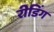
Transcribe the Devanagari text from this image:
रीडिंग